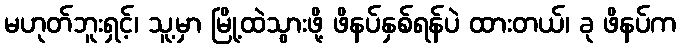
မဟုတ်ဘူးရှင့်၊ သူ့မှာ မြို့ထဲသွားဖို့ ဖိနပ်နှစ်ရန်ပဲ ထားတယ်၊ ခု ဖိနပ်က